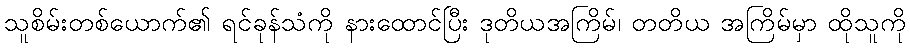
သူစိမ်းတစ်ယောက်၏ ရင်ခုန်သံကို နားထောင်ပြီး ဒုတိယအကြိမ်၊ တတိယ အကြိမ်မှာ ထိုသူကို